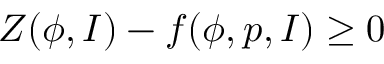
Z ( \phi , I ) - f ( \phi , p , I ) \ge 0